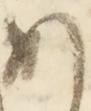
あ